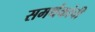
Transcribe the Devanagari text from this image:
समर्थकांची